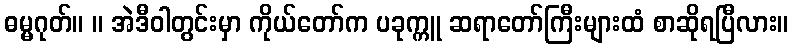
ဓမ္မဂုတ်။ ။ အဲဒီဝါတွင်းမှာ ကိုယ်တော်က ပခုက္ကူ ဆရာတော်ကြီးများထံ စာဆိုရပြီလား။